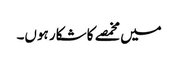
میں مخمصے کا شکار ہوں۔